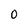
Character: 0